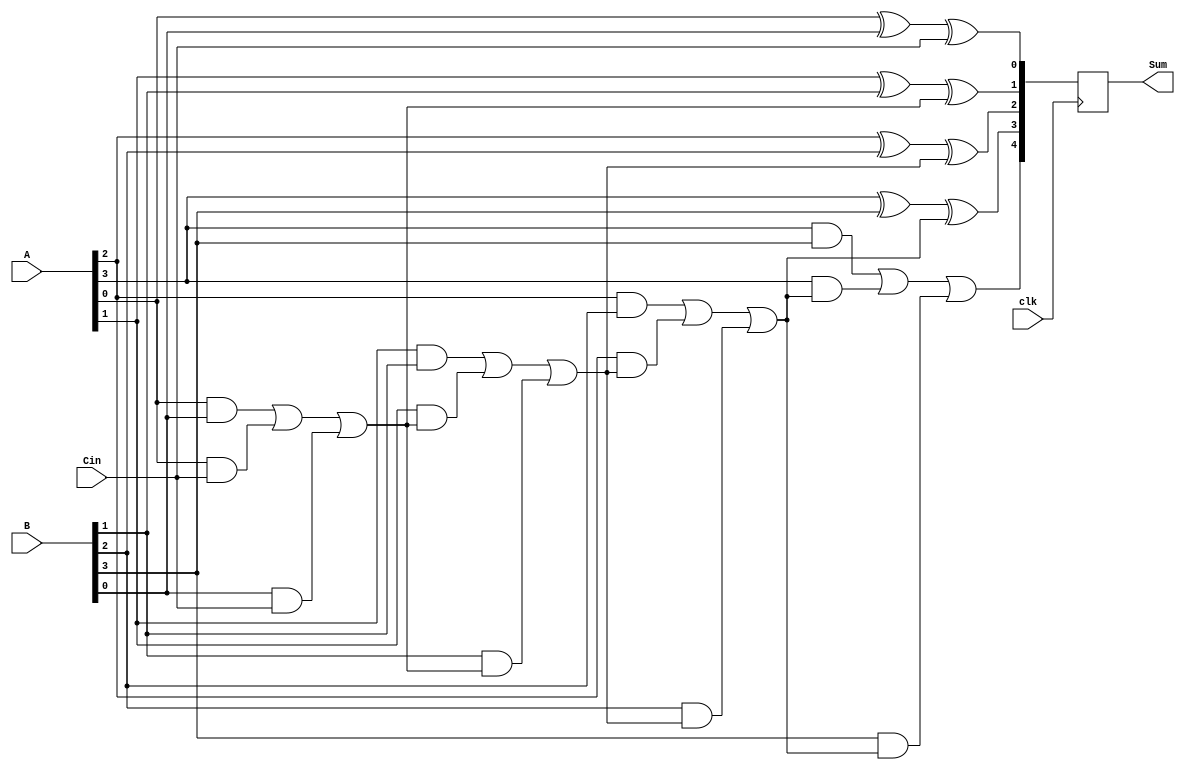
module PrecomputationCarryAdder #(parameter N = 4) (
    input wire clk,               // Clock signal
    input wire [N-1:0] A,        // First N-bit input
    input wire [N-1:0] B,        // Second N-bit input
    input wire Cin,               // Carry input
    output reg [N:0] Sum         // N+1-bit output (sum + carry out)
);

    // Internal signals for carry generation and sum calculation
    wire [N:0] carry;            // Carry signals
    wire [N-1:0] sum;            // Sum signals

    // Carry generation logic
    genvar i;
    generate
        for (i = 0; i < N; i = i + 1) begin : carry_generation
            assign carry[i+1] = (A[i] & B[i]) | (A[i] & carry[i]) | (B[i] & carry[i]);
        end
    endgenerate

    // Sum calculation
    generate
        for (i = 0; i < N; i = i + 1) begin : sum_calculation
            assign sum[i] = A[i] ^ B[i] ^ carry[i];
        end
    endgenerate

    // Final output stage
    always @(posedge clk) begin
        Sum <= {carry[N], sum}; // Combine carry out and sum
    end

    // Initial carry for the first bit
    assign carry[0] = Cin;

endmodule